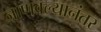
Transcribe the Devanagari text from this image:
जाणवल्यानंतर